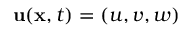
\mathbf { u } ( \mathbf { x } , t ) = \left( u , v , w \right)